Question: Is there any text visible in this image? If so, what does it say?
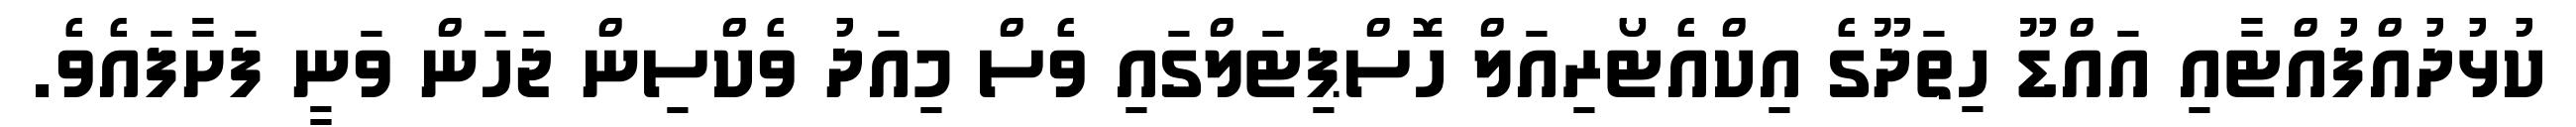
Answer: ކުޅުދުއްފުއްޓާއި އައްޑޫ ހިތަދޫގެ އިކްއެޓޯރިއަލް ހޮސްޕިޓަލްގައި ވެސް މިއަދު ވެކްސިން ޖަހަން ވަނީ ފަށާފައެވެ.